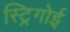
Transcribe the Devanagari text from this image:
स्ट्रिगोई